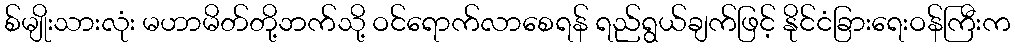
စ်မျိုးသားလုံး မဟာမိတ်တို့ဘက်သို့ ဝင်ရောက်လာစေရန် ရည်ရွယ်ချက်ဖြင့် နိုင်ငံခြားရေးဝန်ကြီးက